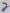
Text: 2